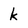
Character: k